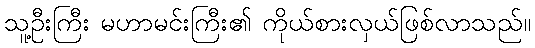
သူ့ဦးကြီး မဟာမင်းကြီး၏ ကိုယ်စားလှယ်ဖြစ်လာသည်။